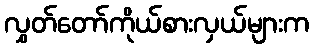
လွှတ်တော်ကိုယ်စားလှယ်များက